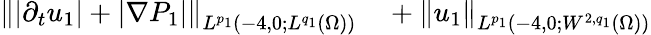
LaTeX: \begin{array}{rl}{\left\lVert|\partial_{t}u_{1}|+|\nabla P_{1}|\right\rVert_{L^{p_{1}}(-4,0;L^{q_{1}}(\Omega))}}&{{}+\left\lVert u_{1}\right\rVert_{L^{p_{1}}(-4,0;W^{2,q_{1}}(\Omega))}}\end{array}